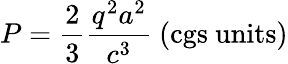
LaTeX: P={\frac{2}{3}}{\frac{q^{2}a^{2}}{c^{3}}}{\mathrm{~(cgs~units)}}